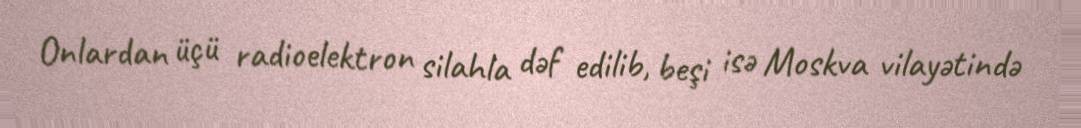
Onlardan üçü radioelektron silahla dəf edilib, beşi isə Moskva vilayətində